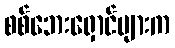
စစ်ဘေးရှောင်များက